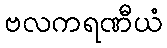
ဗလကရဏီယံ